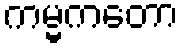
ကမ္မကတော